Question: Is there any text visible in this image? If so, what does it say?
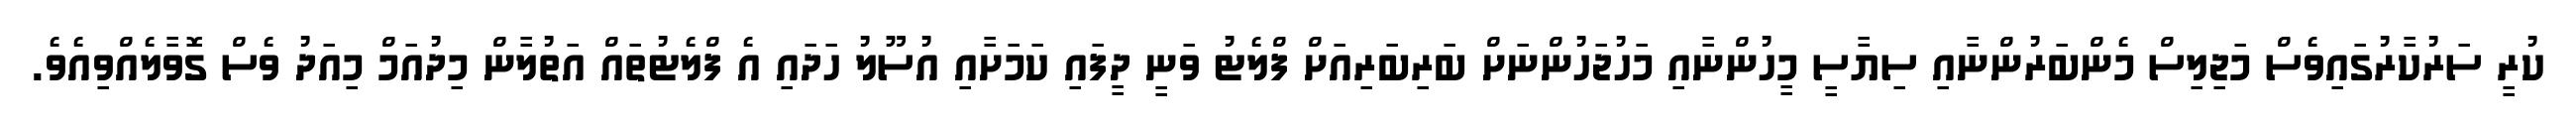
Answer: ކުރީ ސަރުކާރުގައިވެސް މަޖިލިސް މެންބަރުންނާއި ސިޔާސީ މީހުންނާއި މަހުޖަހުންނަށް ބަރިބަރިއަށް ފްލެޓު ވަނީ ދީފައި ކަމަށާއި އުސޫލު ހަދައި އެ ފްލެޓުތައް އަތުލާން މިދުއަމް މިއަދު ވެސް ގޮވާލެއްވިއެވެ.